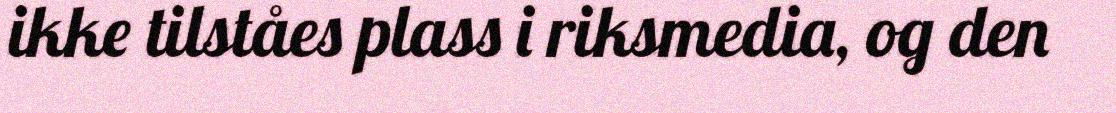
ikke tilståes plass i riksmedia, og den